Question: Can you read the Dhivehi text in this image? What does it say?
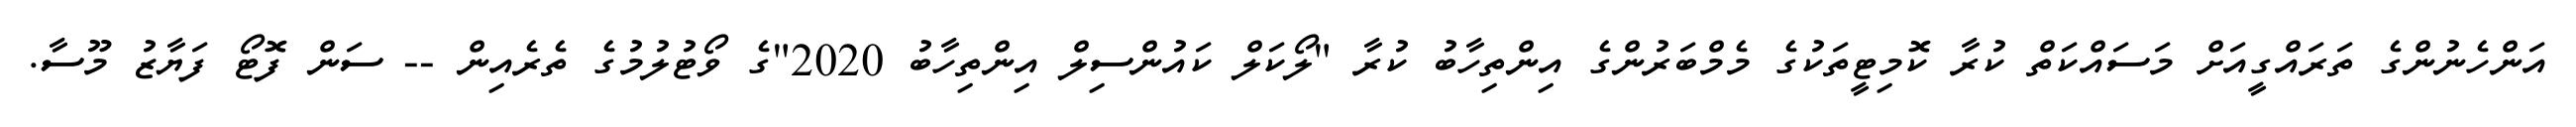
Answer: އަންހެނުންގެ ތަރައްގީއަށް މަސައްކަތް ކުރާ ކޮމިޓީތަކުގެ މެމްބަރުންގެ އިންތިހާބު ކުރާ "ލޯކަލް ކައުންސިލް އިންތިހާބު 2020"ގެ ވޯޓުލުމުގެ ތެރެއިން -- ސަން ފޮޓޯ ފަޔާޒު މޫސާ.